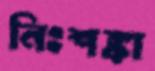
নিঃশঙ্কা